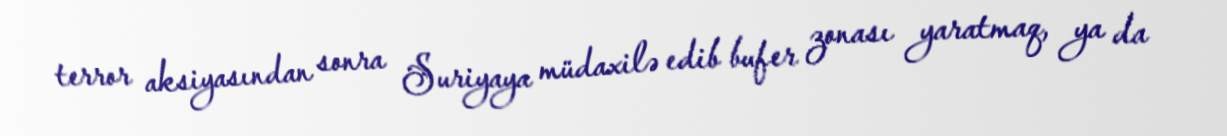
terror aksiyasından sonra Suriyaya müdaxilə edib bufer zonası yaratmaq, ya da